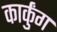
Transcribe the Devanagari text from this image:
कार्कुंग